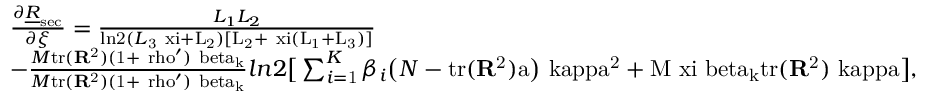
\begin{array} { r } { \begin{array} { r l } & { \frac { \partial \underline { { R } } _ { \mathrm { s e c } } } { \partial \xi } = \frac { L _ { 1 } L _ { 2 } } { \mathrm { l n 2 } \mit ( L \mathrm { _ 3 \ x i + \mit L \mathrm { _ 2 ) [ \mit L \mathrm { _ 2 + \ x i ( \mit L \mathrm { _ 1 + \mit L \mathrm { _ 3 ) ] } } } } } } } \\ & { - \frac { M \mathrm { t r ( \bf { R } \mathrm { ^ 2 ) \mathrm { ( 1 + \ r h o ^ { \prime } ) \mit \ b e t a _ { k } } } } } { M \mathrm { t r ( \bf { R } \mathrm { ^ 2 ) \mathrm { ( 1 + \ r h o ^ { \prime } ) \mit \ b e t a _ { k } } } } } { l n 2 \big [ \sum _ { \mit i \mathrm { = 1 } } \mit ^ { K } \mit \beta _ { i } \big ( N - \mathrm { t r ( \bf { R } \mathrm { ^ 2 ) \mit a \big ) \ k a p p a \mathrm { ^ 2 + \mit M \ x i \ b e t a _ { k } \mathrm { t r ( \bf { R } \mathrm { ^ 2 ) \mit \ k a p p a \big ] } } } } } } , } \end{array} } \end{array}